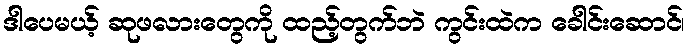
ဒါပေမယ့် ဆုဖလားတွေကို ထည့်တွက်ဘဲ ကွင်းထဲက ခေါင်းဆောင်၊